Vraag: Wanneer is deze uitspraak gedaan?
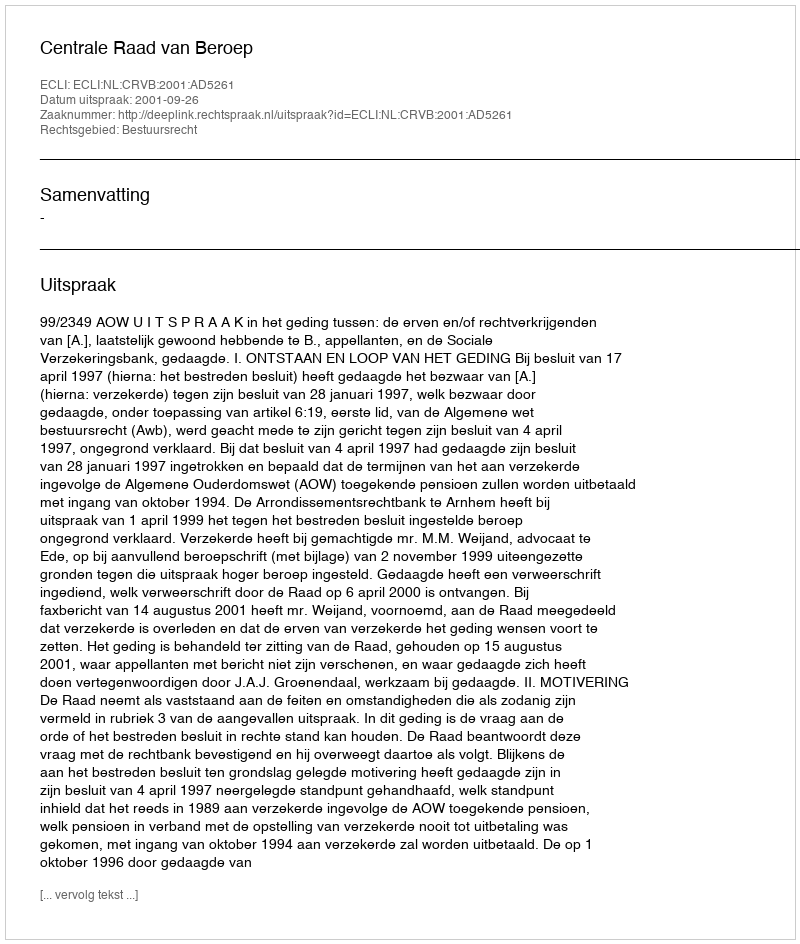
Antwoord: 2001-09-26